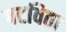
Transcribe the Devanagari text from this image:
पटविता